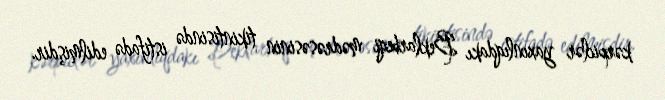
kərpiclər yaxınlıqdakı Beklarbeqi mədrəsəsinin tikintisində istifadə edilmişdir.